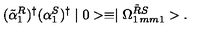
( \tilde { \alpha } _ { 1 } ^ { R } ) ^ { \dag } ( \alpha _ { 1 } ^ { S } ) ^ { \dag } \mid 0 > \equiv \mid \Omega _ { 1 \hspace * { 1 m m } 1 } ^ { \tilde { R } S } > .